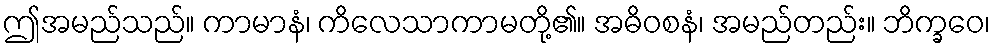
ဤအမည်သည်။ ကာမာနံ၊ ကိလေသာကာမတို့၏။ အဓိဝစနံ၊ အမည်တည်း။ ဘိက္ခဝေ၊